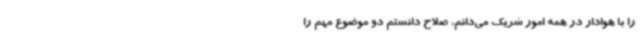
را با هوادار در همه امور شریک می‌دانم، صلاح دانستم دو موضوع مهم را